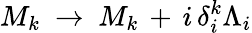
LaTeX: M_{k}\ \rightarrow\ M_{k}\, +\, i\, \delta_{i}^{k}\Lambda_{i}